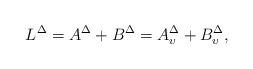
LaTeX: \begin{align*} L^\Delta = A^\Delta + B^\Delta = A^\Delta_\upsilon +B^\Delta_\upsilon,\end{align*}